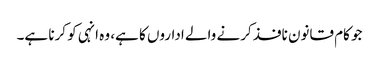
جو کام قانون نافذ کرنے والے اداروں کا ہے، وہ انہی کو کرنا ہے۔